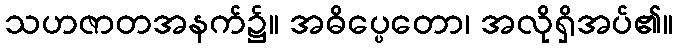
သဟဇာတအနက်၌။ အဓိပ္ပေတော၊ အလိုရှိအပ်၏။